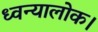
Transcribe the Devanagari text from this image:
ध्वन्यालोक।